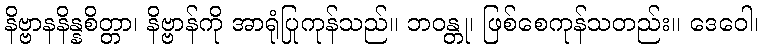
နိဗ္ဗာနနိန္နစိတ္တာ၊ နိဗ္ဗာန်ကို အာရုံပြုကုန်သည်။ ဘဝန္တု၊ ဖြစ်စေကုန်သတည်း။ ဒေဝေါ၊